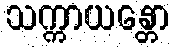
သက္ကာယန္တော